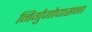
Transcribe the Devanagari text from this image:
निर्गुणोपासना